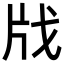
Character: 𢦤